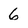
Character: 6